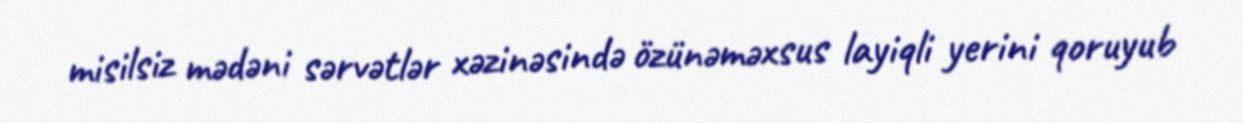
misilsiz mədəni sərvətlər xəzinəsində özünəməxsus layiqli yerini qoruyub